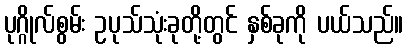
ပုဂ္ဂိုလ်စွမ်း ဥပုသ်သုံးခုတို့တွင် နှစ်ခုကို ပယ်သည်။